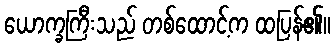
ယောက္ခကြီးသည် တစ်ထောင့်က ထပြန်၏။